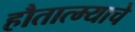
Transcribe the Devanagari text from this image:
हौतात्म्याचे